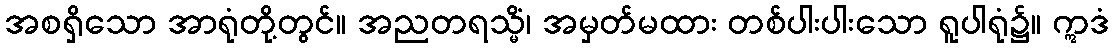
အစရှိသော အာရုံတို့တွင်။ အညတရသ္မိံ၊ အမှတ်မထား တစ်ပါးပါးသော ရူပါရုံ၌။ ဣဒံ